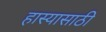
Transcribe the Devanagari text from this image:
हास्यासाठी